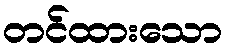
တင်ထားသော